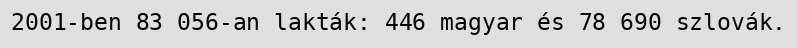
2001-ben 83 056-an lakták: 446 magyar és 78 690 szlovák.